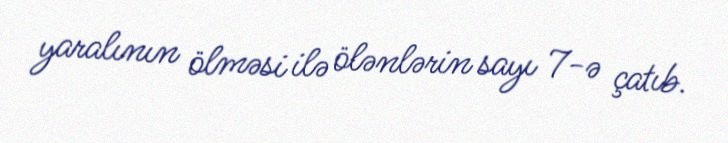
yaralının ölməsi ilə ölənlərin sayı 7-ə çatıb.